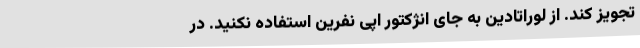
تجویز کند. از لوراتادین به جای انژکتور اپی نفرین استفاده نکنید. در